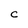
Character: c